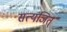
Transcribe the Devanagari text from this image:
सत्यजित्‌